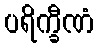
ပရိက္ခီဏံ